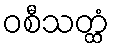
ဝစီသတ္ထံ